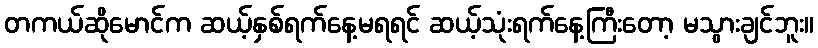
တကယ်ဆိုမောင်က ဆယ့်နှစ်ရက်နေ့မရရင် ဆယ့်သုံးရက်နေ့ကြီးတော့ မသွားချင်ဘူး။